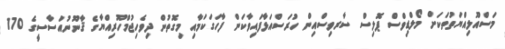
މަސްއޫލިއްޔަތުތަކަށް މޯލްޑިވްސް ޕޮލިސް ސާރވިސްއިން ހުރަސްއަޅާފައިވާކަން ފާހަގަކަމާއި މިގޮތުން ދިވެހިޖުމްހޫރިއްޔާގެ ޤާނޫނުއަސާސީގެ 170